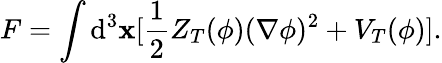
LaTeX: F=\int\mathrm{d}^{3}{\mathbf x}[\frac{1}{2}Z_{T}(\phi)(\nabla\phi)^{2}+V_{T}(\phi)].